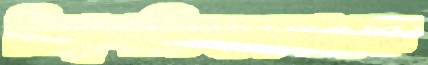
বিশ্বশক্তিগুলোকে